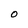
Character: 0